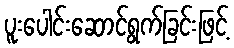
ပူးပေါင်းဆောင်ရွက်ခြင်းဖြင့်